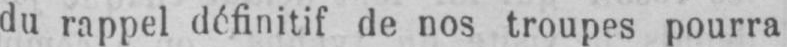
du rappel définitif de nos troupes pourra